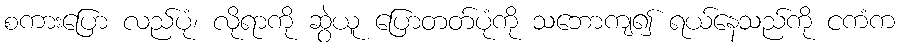
စကားပြော လည်ပုံ၊ လိုရာကို ဆွဲယူ ပြောတတ်ပုံကို သဘောကျ၍ ရယ်နေသည်ကို ငကံက